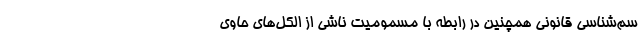
سم‌شناسی قانونی همچنین در رابطه با مسمومیت ناشی از الکل‌های حاوی